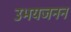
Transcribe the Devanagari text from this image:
उभयजनन